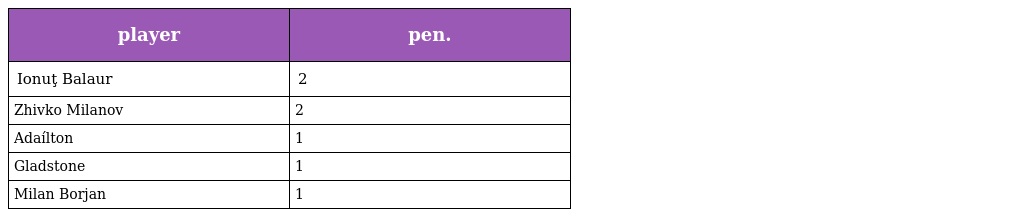
| player | pen. |
 | --- | --- |
 | Ionuţ Balaur | 2 |
 | Zhivko Milanov | 2 |
 | Adaílton | 1 |
 | Gladstone | 1 |
 | Milan Borjan | 1 |